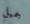
جميل